Report on vaccination in Madras 1895-1903 - 1895-1903
Year: 1895
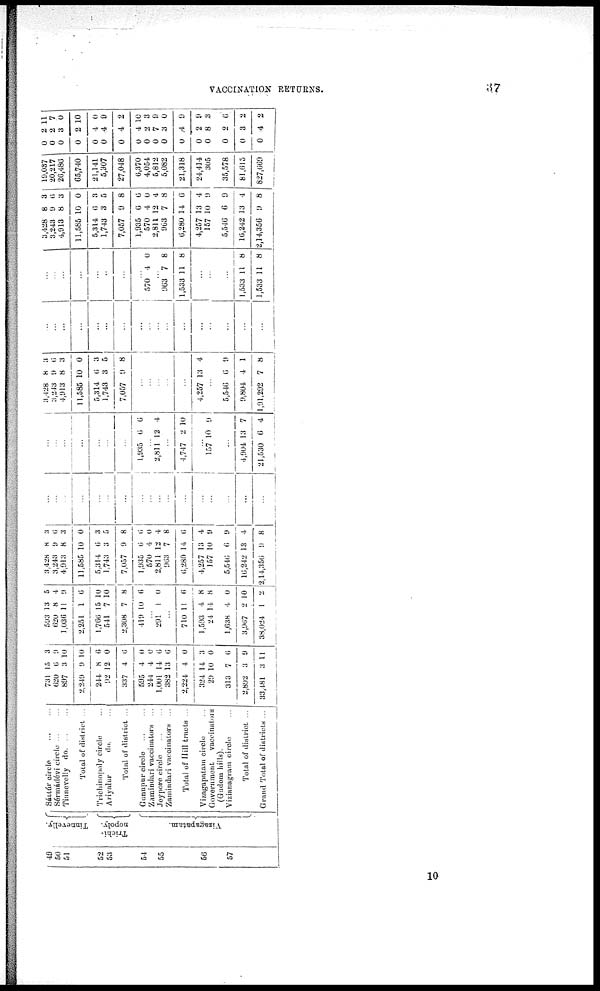
VACCINATION RETURNS.
37
49
50
51
52
53
54
55
56
57
Tinnevelly.
Trichi-
nopoly.
Vizagapatam.
Sáttúr circle
...
...
Sérmádévi circle ... ...
Tinnevelly
do. ... ...
Total of district ...
Trichinopoly circle ...
Ariyalur
do. ...
Total of district ...
Gunupur circle
...
...
Zamindari vaccinators ...
Jeypore circle ... ...
Zamindari vaccinators ...
Total of Hill tracts ...
Vizagapatam circle ...
Government
vaccinators
(Gudem hills).
Vizianagram circle ...
Total of district ...
Grand Total of districts ...
731
620
897
2,249
244
92
337
595
244
1,001
382
2,224
324
29
313
2,892
33,481
15
6
3
9
8
12
4
4
4
14
13
4
14
10
7
3
3
3
9
10
10
6
0
6
0
0
6
6
0
3
0
6
9
11
593
620
1,036
2,251
1,766
541
2,308
419
13
8
11
1
15
7
7
10
5
4
9
6
10
10
8
6
...
291 1 0
...
710
1,593
24
1,638
3,967
38,024
11
4
14
4
2
1
6
8
8
0
0
2
3,428
3,243
4,913
11,585
5,314
1,743
7,057
1,935
570
2,811
963
6,280
4,257
157
5,546
16,242
2,14,356
8
9
8
10
6
3
9
6
4
12
7
14
13
10
6
13
9
3
6
3
0
3
5
8
6
0
4
8
6
4
9
9
4
8
...
...
...
...
...
...
...
...
...
...
...
...
...
...
...
...
...
...
...
...
...
...
...
...
1,935 6 6
...
2,811 12 4
...
4,747 2 10
...
157 10 9
...
4,904
21,530
13
6
7
4
3,428
3,243
4,913
11,585
5,314
1,743
7,057
8
9
8
10
6
3
9
3
6
3
0
3
5
8
...
...
...
...
...
4,257 13 4
...
5,546
9,804
1,91,292
6
4
7
9
1
8
...
...
...
...
...
...
...
...
...
...
...
...
...
...
...
...
...
...
...
...
...
...
...
...
...
570 4 0
...
963
1,533
7
11
8
8
...
...
...
1,533
1,533
11
11
8
8
3,428
3,243
4,913
11,585
5,314
1,743
7,057
1,935
570
2,811
963
6,280
4,257
157
5,546
16,242
2,14,356
8
9
8
10
6
3
9
6
4
12
7
14
13
10
6
13
9
3
6
3
0
3
5
8
6
0
4
8
6
4
9
9
4
8
19,037
20,217
26,486
65,740
21,141
5,307
27,048
6,370
4,054
5,812
5,082
21,318
24,414
305
35,578
81,615
827,669
0
0
0
0
0
0
0
0
0
0
0
0
0
0
0
0
0
2
2
3
2
4
4
4
4
2
7
3
4
2
8
2
3
4
11
7
0
10
0
9
2
10
3
9
0
9
9
3
6
2
2
10